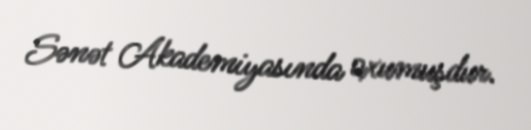
Sənət Akademiyasında oxumuşdur.